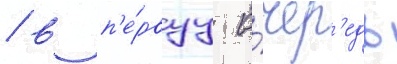
/ в п'е́рвуу о́чер'едь